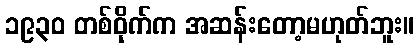
၁၉၃၀ တစ်ဝိုက်က အဆန်းတော့မဟုတ်ဘူး။